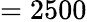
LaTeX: =2500